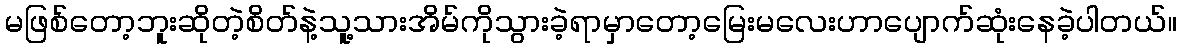
မဖြစ်တော့ဘူးဆိုတဲ့စိတ်နဲ့သူ့သားအိမ်ကိုသွားခဲ့ရာမှာတော့မြေးမလေးဟာပျောက်ဆုံးနေခဲ့ပါတယ်။